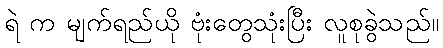
ရဲ က မျက်ရည်ယို ဗုံးတွေသုံးပြီး လူစုခွဲသည်။